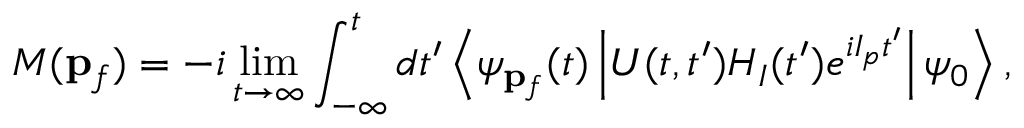
M ( \mathbf { p } _ { f } ) = - i \operatorname* { l i m } _ { t \to \infty } \int _ { - \infty } ^ { t } d t ^ { \prime } \left< \psi _ { \mathbf { p } _ { f } } ( t ) \left| U ( t , t ^ { \prime } ) H _ { I } ( t ^ { \prime } ) e ^ { i I _ { p } t ^ { \prime } } \right| \psi _ { 0 } \right> ,